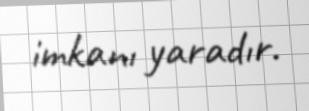
imkanı yaradır.